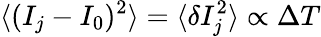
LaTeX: \langle(I_{j}-I_{0})^{2}\rangle=\langle\delta I_{j}^{2}\rangle\propto\Delta T